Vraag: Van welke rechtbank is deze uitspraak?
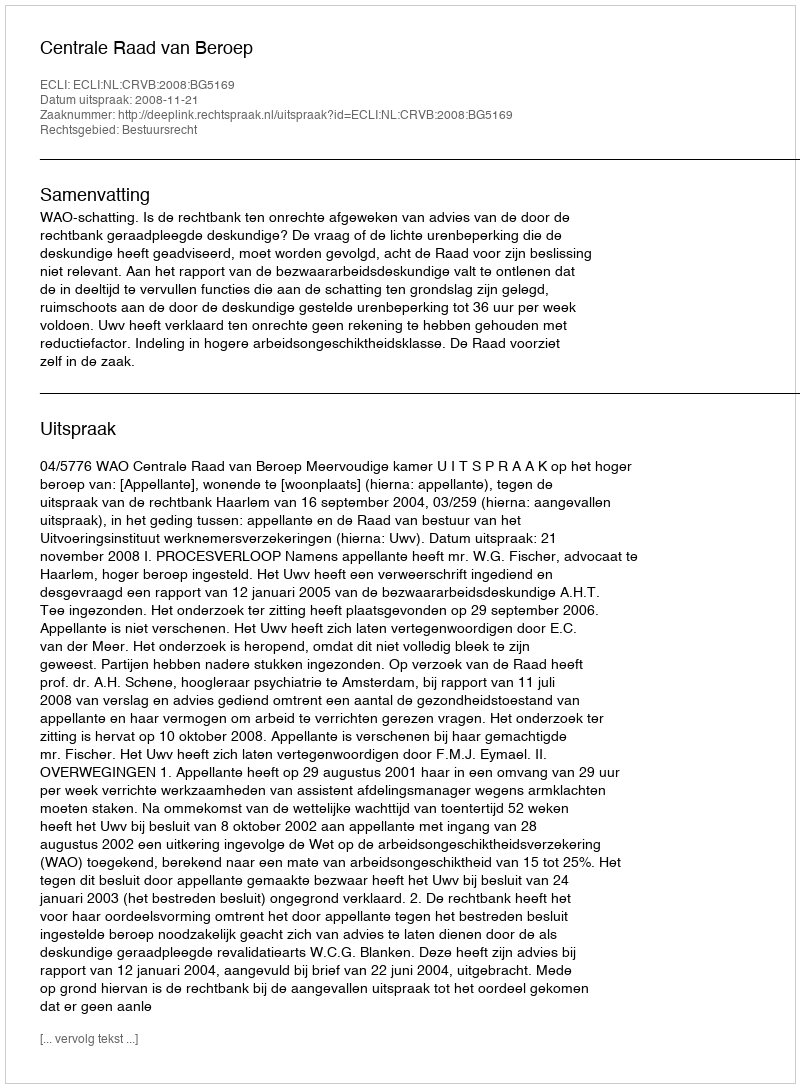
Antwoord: Centrale Raad van Beroep